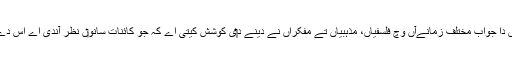
ایہ اک ایسا سوال اے جس دا جواب مختلف زمانےآں وچ فلسفیاں، مذہبیاں تے مفکراں نے دینے د‏‏ی کوشش کيتی اے کہ جو کائنات سانو‏ں نظر آندی اے اس دے اگے کیتا ہو سکدا اے ؟